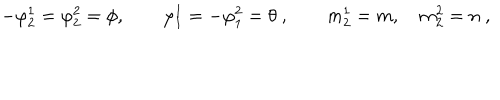
LaTeX: - \varphi _ { 2 } ^ { 1 } = \varphi _ { 2 } ^ { 2 } = \phi , \qquad \varphi _ { 1 } ^ { 1 } = - \varphi _ { 1 } ^ { 2 } = \theta ~ , \qquad m _ { 2 } ^ { 1 } = m , \quad m _ { 2 } ^ { 2 } = n ~ ,